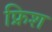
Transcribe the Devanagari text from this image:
फ्रिश